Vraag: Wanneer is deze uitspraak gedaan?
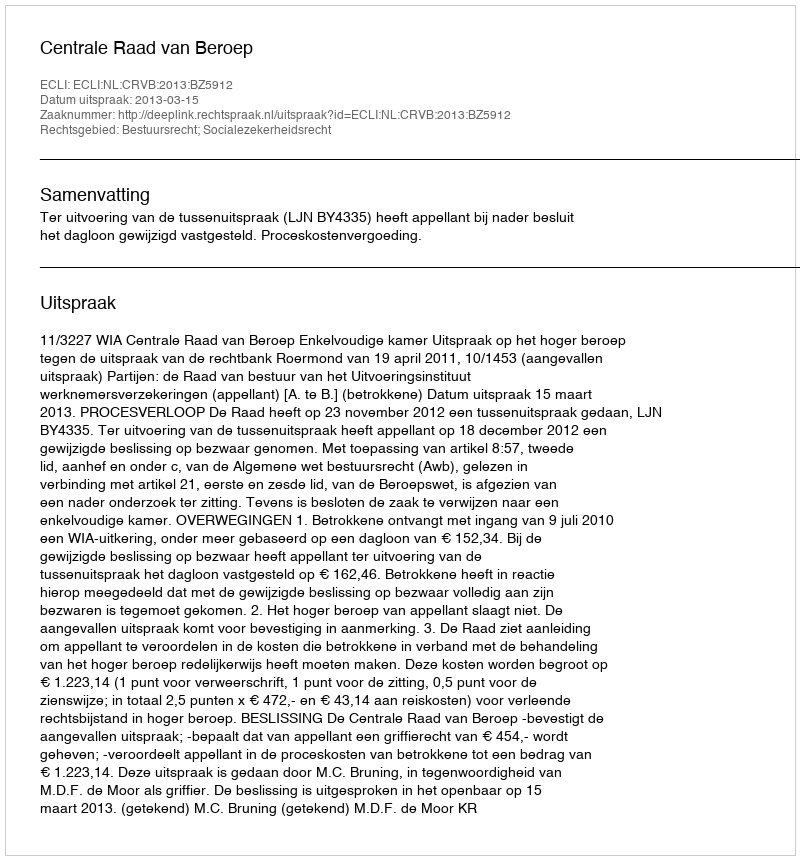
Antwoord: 2013-03-15